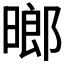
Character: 𬁈